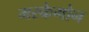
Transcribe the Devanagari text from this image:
मस्केगोन